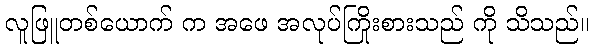
လူဖြူတစ်ယောက် က အဖေ အလုပ်ကြိုးစားသည် ကို သိသည်။